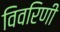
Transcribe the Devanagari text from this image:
विवरिणी